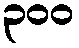
၃၀၀